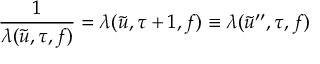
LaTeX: \frac { 1 } { \lambda ( \tilde { u } , \tau , f ) } = \lambda ( \tilde { u } , \tau + 1 , f ) \equiv \lambda ( \tilde { u } ^ { \prime \prime } , \tau , f )